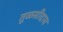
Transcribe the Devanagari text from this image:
तुळसीदास